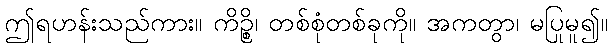
ဤရဟန်းသည်ကား။ ကိဉ္စိ၊ တစ်စုံတစ်ခုကို။ အကတွာ၊ မပြုမူ၍။